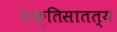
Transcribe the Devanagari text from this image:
शक्तिसातत्य